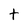
Character: t